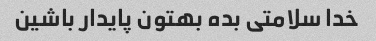
خدا سلامتی بده بهتون پایدار باشین